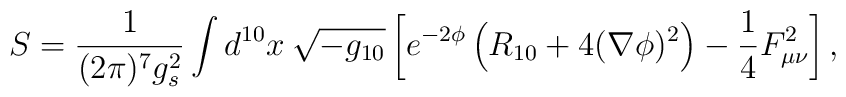
S = \frac{1}{(2\pi)^7 g_s^2}\int d^{10} x \: \sqrt{-g_{10}}  \left[e^{-2\phi}\left(R_{10}+4(\nabla\phi)^2\right)		-\frac{1}{4}F_{\mu\nu}^2\right],